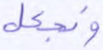
ونجعل